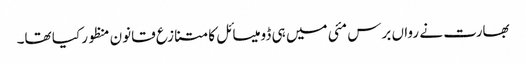
بھارت نے رواں برس مئی میں ہی ڈومیسائل کا متنازع قانون منظور کیا تھا۔